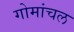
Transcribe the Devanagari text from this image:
गोमांचल